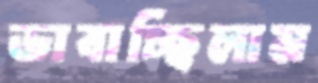
ভাবাচ্ছিলাম